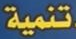
تنمية